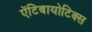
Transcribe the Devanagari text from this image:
ऐंटिबायोटिक्स